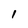
Character: I